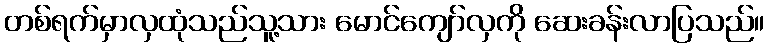
တစ်ရက်မှာလှထုံသည်သူ့သား မောင်ကျော်လှကို ဆေးခန်းလာပြသည်။